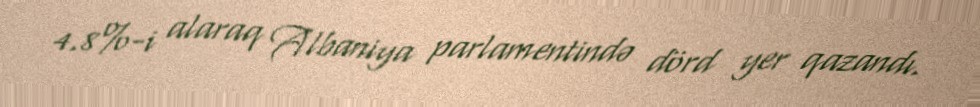
4.8%-i alaraq Albaniya parlamentində dörd yer qazandı.